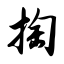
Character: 掏